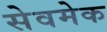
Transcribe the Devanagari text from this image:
सेवमेक